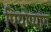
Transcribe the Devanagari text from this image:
पियोप्यांग